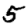
Digit: 5